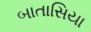
બાતાસિયા